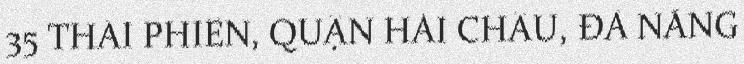
35 THÁI PHIÊN, QUẬN HẢI CHÂU, ĐÀ NẴNG